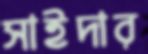
সাইদার